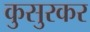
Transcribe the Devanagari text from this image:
कुसुरकर